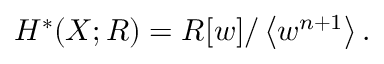
H ^ { * } ( X ; R ) = R [ w ] / \left\langle w ^ { n + 1 } \right\rangle .